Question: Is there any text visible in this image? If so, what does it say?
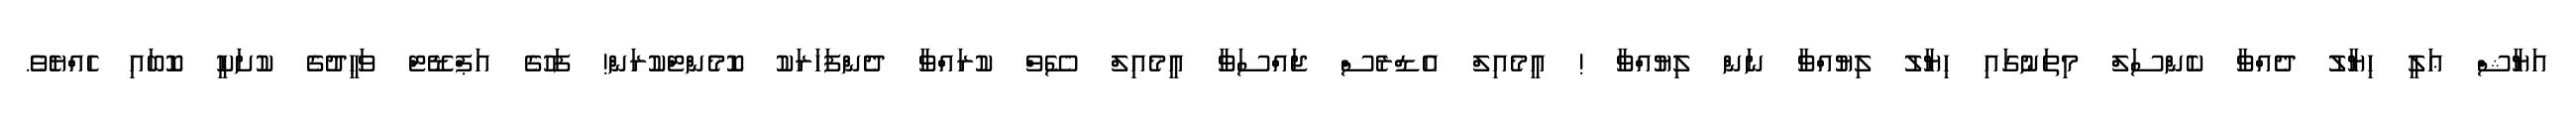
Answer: އަޔާޝް ޢަލީ ހިޔާލު ދެއްވާ ކެންސަލް މިތަނުގައި ހިޔާލު ލިޔުއްވާ ނަން ލިޔުއްވާ ! އީމެއިލް އެޑްރެސް ޖައްސަވާ އީމެއިލް ސޭވް ކުރައްވާ ދެންފަހަރަކު ކޮމެންޓްކުރަން! ފަހުގެ އަޕްޑޭޓް ވަޙީދުގެ ކުށަކީ ކޮބައި ހެއްޔެވެ.